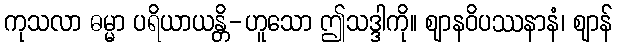
ကုသလာ ဓမ္မာ ပရိယာယန္တိ-ဟူသော ဤသဒ္ဒါကို။ ဈာနဝိပဿနာနံ၊ ဈာန်